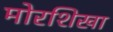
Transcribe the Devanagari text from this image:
मोरशिखा